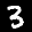
Label: 3